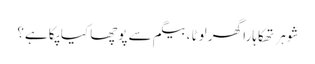
شوہر تھکاہارا گھر لوٹا ،بیگم سے پوچھا کیا پکا ہے؟